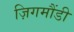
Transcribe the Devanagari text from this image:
ज़िगमौंडी